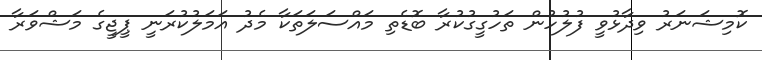
ކޮމިޝަނަރު ވިދާޅުވީ ފުލުހުން ތަހުގީގުކުރާ ބޮޑެތި މައްސަލަތަކާ މެދު އަމަލުކުރަނީ ޕީޖީގެ މަޝްވަރާ